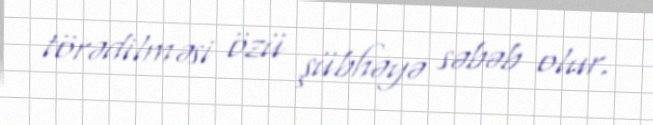
törədilməsi özü şübhəyə səbəb olur.